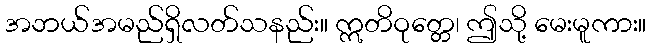
အဘယ်အမည်ရှိလတ်သနည်း။ ဣတိဝုတ္တေ၊ ဤသို့ မေးမူကား။